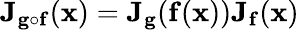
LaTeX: \mathbf{J}_{\mathbf{g}\circ\mathbf{f}}(\mathbf{x})=\mathbf{J}_{\mathbf{g}}(\mathbf{f}(\mathbf{x}))\mathbf{J}_{\mathbf{f}}(\mathbf{x})